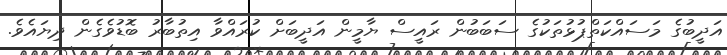
އަދީބުގެ މަސައްކަތްޕުޅުތަކުގެ ސަބަބުން ރައީސް ޔާމީން އަދީބަށް ކުރައްވާ އިތުބާރު ބޮޑުވެގެން ދިޔައެވެ.